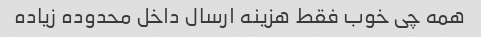
همه چی خوب فقط هزینه ارسال داخل محدوده زیاده